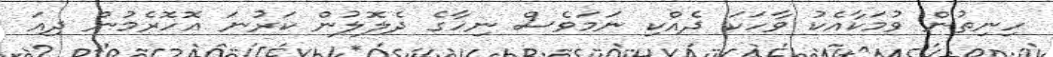
ހިނިތުން ވުމަކާއެކު ވާހަކަ ދެއްކި ނަމަވެސް ނިހާގެ ދެލޮލުން ކަރުނަ އޮހޮރެމުން ދިއަ